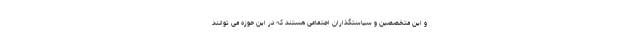
و این متخصصین و سیاستگذاران اجتماعی هستند که در این حوزه می توانند